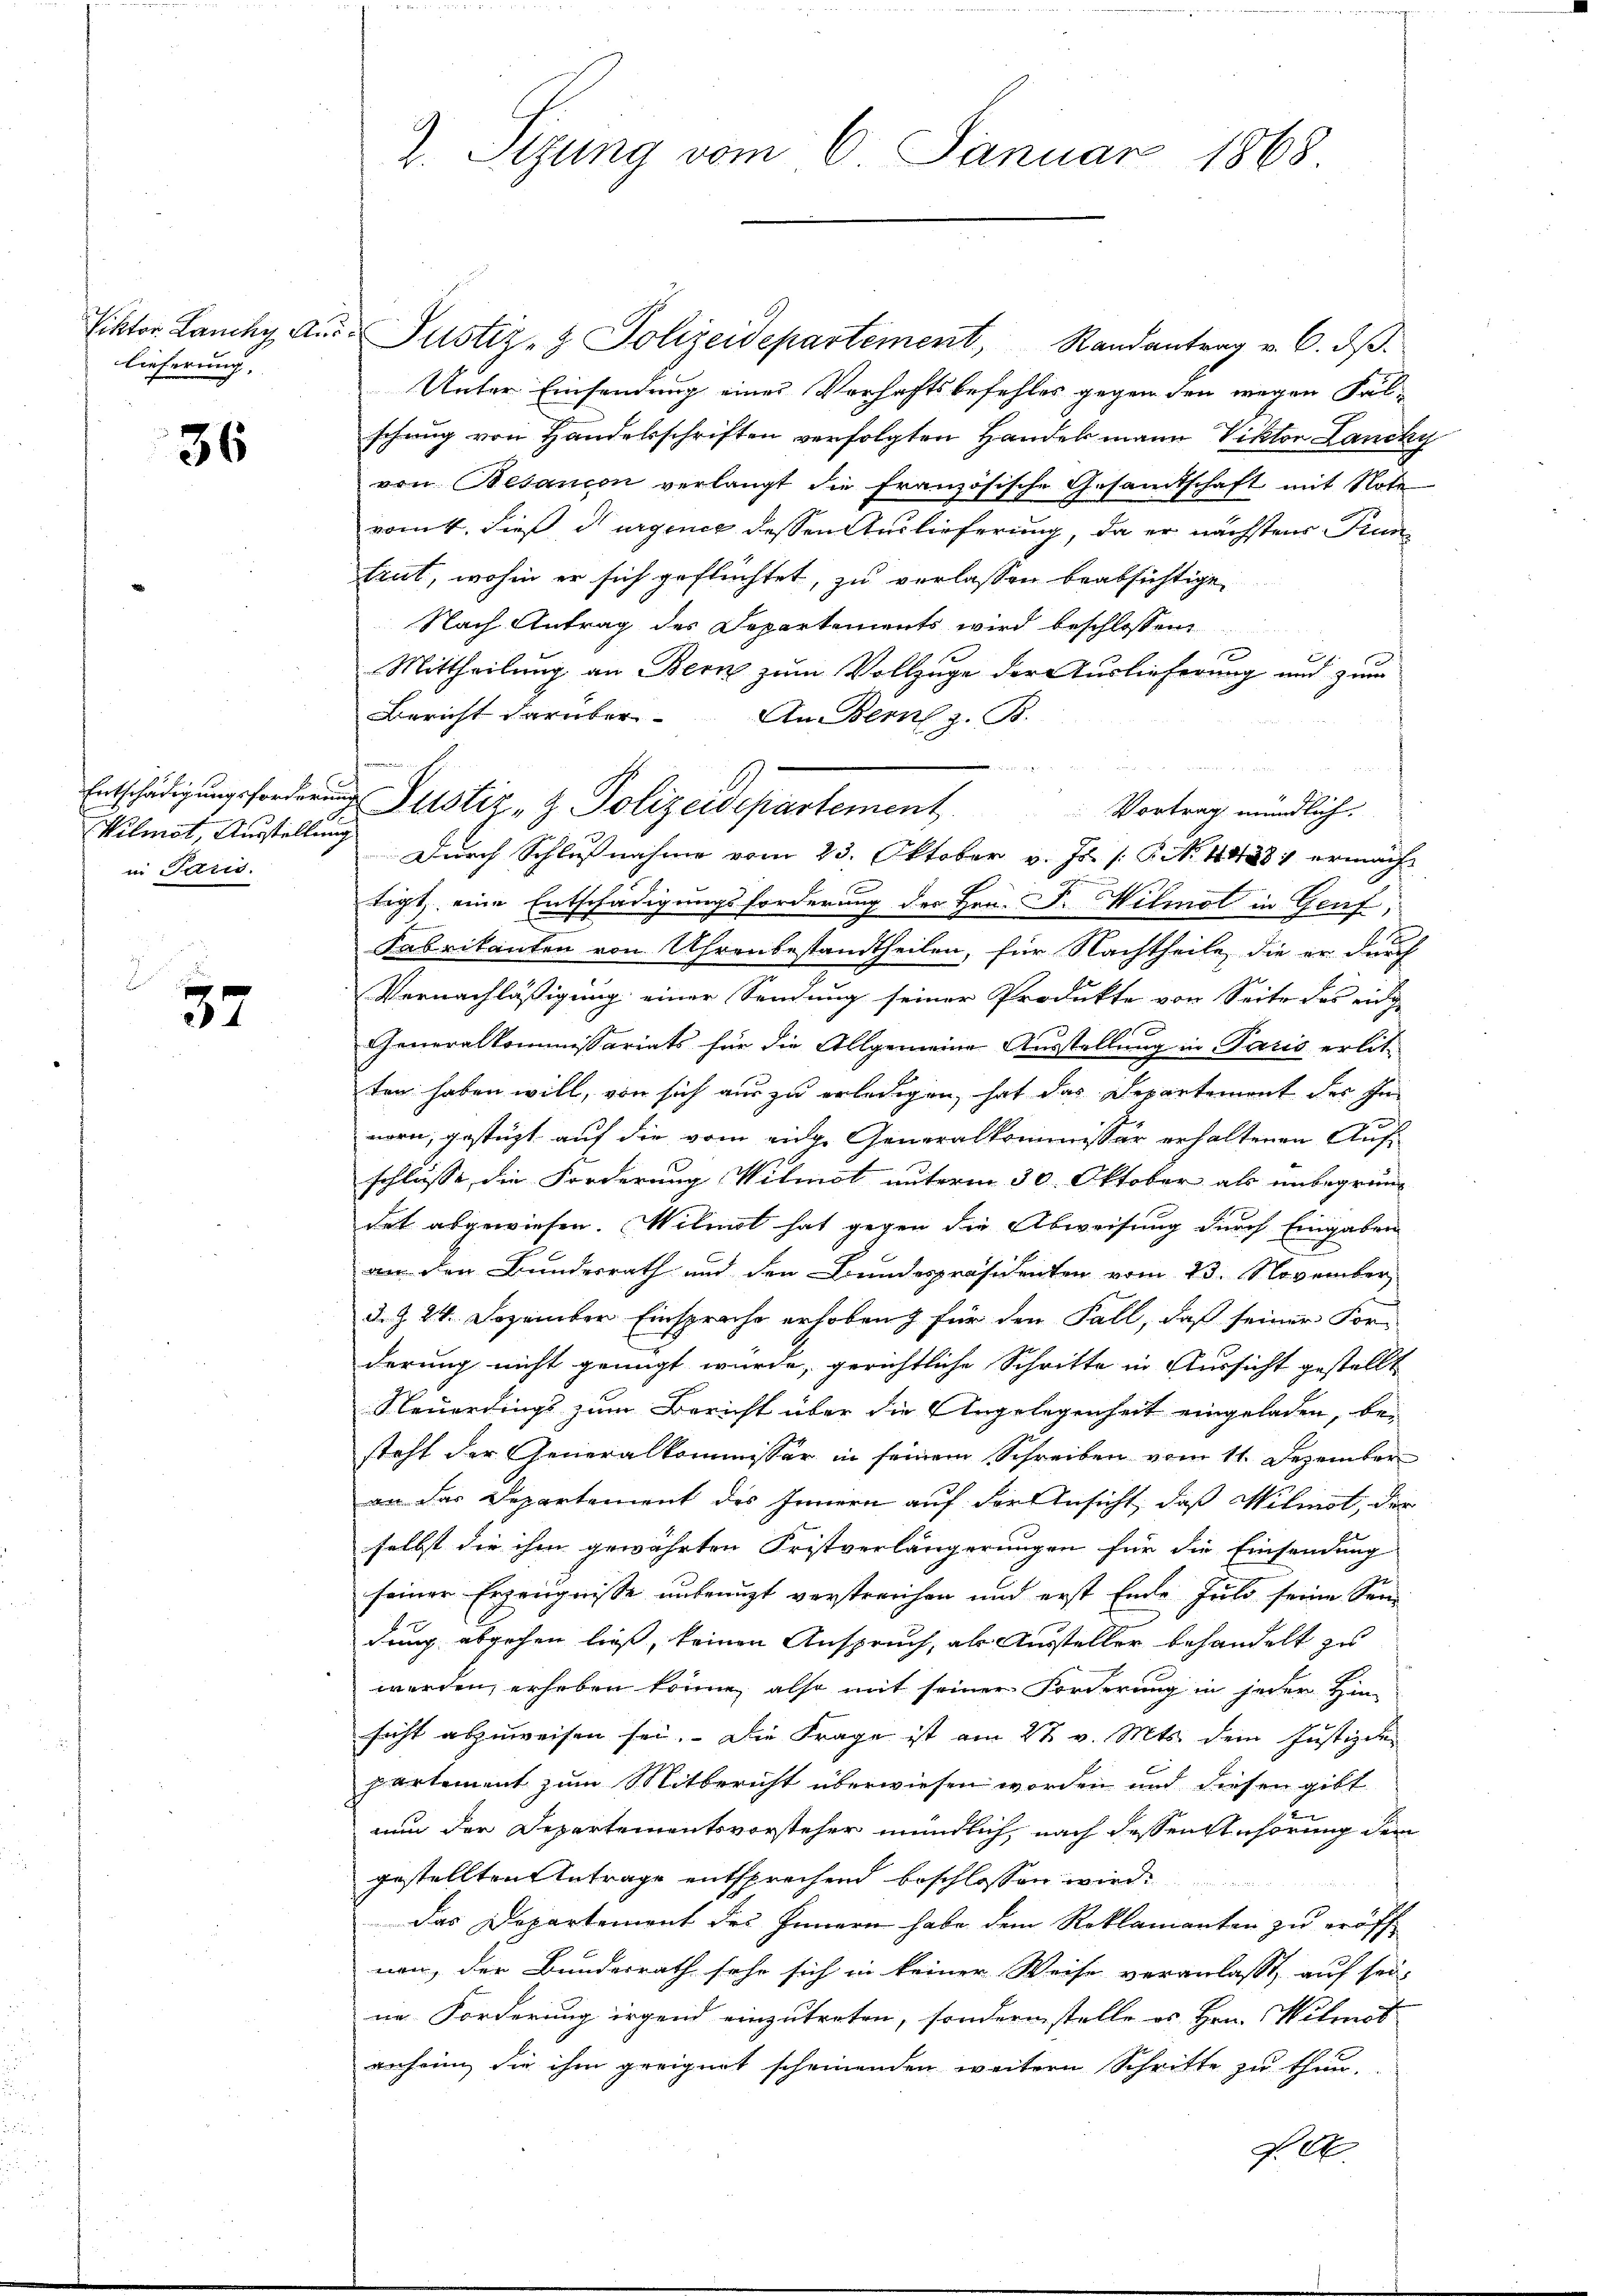
Viktor Lancky Aus
lieferung.

36

Wilmot, Ausstellung
in Paris.

37

2. Sizung vom 6. Januar 1868

Justiz- & Polizeidepartement, Randantrag v. 6. dβ.
Unter Einsendung eines Verhaftsbefehles gegen den wegen Fal-
schwug von Handelsschriften verfolgten Handel mann Viktor Lancky
von Besancon verlangt die Französische Gesandtschaft mit Note
vom 4. dieß dargence dessen Auslieferung, da er nächstens Fran
trut, wohin er sich geflüchtet, zu verlassen beabsichtige,
Nach Antrag des Departements wird beschlossen
2
Mittheilung an Bern zum Vollzuge der Auslieferung und zum
Bericht darüber-
An Bern z. B.
s
4
Durch Schlußnahme vom 23. Oktober v. Js. [§ NNo. 114331 ermächt
tigt, eine Entschädigungsforderung der Hrn. F. ilmol in Graf,
Fabrikanten von Uhrenbestandtheilen, für Nachtheile, die er durch
Vernachläßigung einer Sendung seiner Produkte von Seite des einige
Generalkommissariats für die Allgemeine Ausstellung in Paris erlitten haben will, von sich aus zu erledigen, hat das Departement des Innorn, gestüzt auf die vom eidge Generalkommissär erhaltenen Aufschlüsse, die Forderung Wilmot unterm 30. Oktober als unbegrün-
dat abgewiesen. Milist hat gegen die Abweisung durch Eingaben
an den Bundesrath und den Bundespräsidenten vom 23. November
d. Z. 24. Dezember Einsprache erhoben & für den Fall, daß seiner For-
derung nicht genügt würde, gerichtliche Schritte in Aussicht gestellt
Neuerdings zum Bericht über die Angelegenheit eingeladen, bei
steht der Generalkommissär in seinem Schreiben vom 11. Dezember
an der Departement des Innern auf der Ansicht, daß Milmot, der
selbst die ihm gewährten Fristverlängerungen für die Einsendung
seiner Erzeugnisse unbenutzt verstreichen und erst Ende Fuld seine Sendung abgehen ließ, keinen Anspruch, als Aussteller behandelt zu
werden, erheben könne, also mit seiner Forderung in jeder Hinsicht abzuweisen sei. Die Frage ist am 2t v. Mts. dem Justizde
partement zum Mitbericht überwiesen worden und diesen gibt
nun der Departementsvorsteher mündlich, nach dessen Anhörung dem
gestellten Antrage entsprechend beschlossen wird.
das Departement des Innern habe dem Reklamanten zu eröffnen, der Bundesrath sehr sich in keiner Weise veranlasst, auf sei-
ne Forderung irgend einzutreten, sondern stelle es Hrn. Wilmet
anchein, die ihm geeignet scheinenden weitern Schritte zu thun.
P. C.

tforden Justiz- & Polizeidepartement Vortrag mündlich.